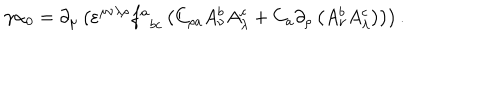
\gamma \alpha _ { 0 } = \partial _ { \mu } \left( \varepsilon ^ { \mu \nu \lambda \rho } f _ { \; \; b c } ^ { a } \left( C _ { \rho a } A _ { \nu } ^ { b } A _ { \lambda } ^ { c } + C _ { a } \partial _ { \rho } \left( A _ { \nu } ^ { b } A _ { \lambda } ^ { c } \right) \right) \right) .